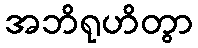
အဘိရုဟိတွာ